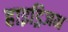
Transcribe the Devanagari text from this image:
हाइड्रिजन